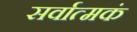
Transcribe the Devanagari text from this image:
सर्वात्मकं